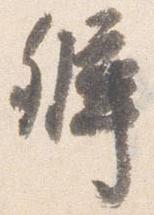
弁